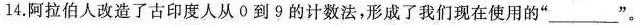
14.阿拉伯人改造了古印度人从0到9的计数法，形成了我们现在使用的”____ ”。